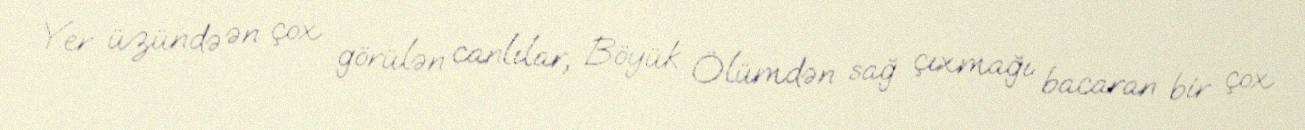
Yer üzündə ən çox görülən canlılar, Böyük Ölümdən sağ çıxmağı bacaran bir çox